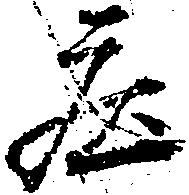
庄